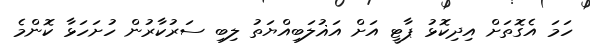
ހަމަ އެގޮތަށް އިދިކޮޅު ޕާޓީ އަށް އަޣުލަބިއްޔަތު ލިބި ސަރުކާރުން ހުށަހަޅާ ކޮންމެ